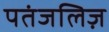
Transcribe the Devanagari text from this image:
पतंजलिज़